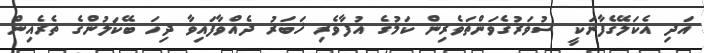
އަދި އެކަލޭގެފާނަކީ ސުވަރުގެވަންތަވެރިން ކަމުގެ އުފާވެރި ޚަބަރު ދެއްވާފައިވާ ދިހަ ބޭކަލުންގެ ތެރެއިން